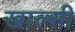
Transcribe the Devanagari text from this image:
खाल्सी